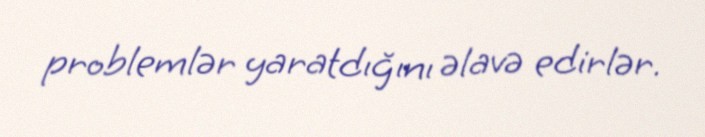
problemlər yaratdığını əlavə edirlər.